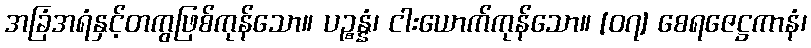
အခြံအရံနှင့်တကွဖြစ်ကုန်သော။ ပဉ္စန္နံ၊ ငါးယောက်ကုန်သော။ [၀၇] စေရဇေဋ္ဌကာနံ၊